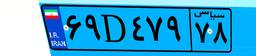
۶۹D۴۷۹۷۸